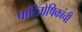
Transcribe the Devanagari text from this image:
पारितोषिकांची